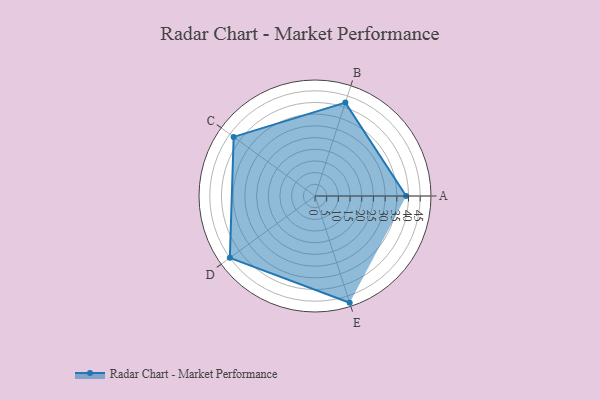
{"axis": {"x": "Skill", "y": "Score"}, "legend": ["Profile"], "data": [{"x": "A", "y": 39.0, "type": "Profile"}, {"x": "B", "y": 42.0, "type": "Profile"}, {"x": "C", "y": 43.0, "type": "Profile"}, {"x": "D", "y": 45.0, "type": "Profile"}, {"x": "E", "y": 48.0, "type": "Profile"}]}